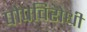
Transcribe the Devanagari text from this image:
पोपविरोधी